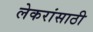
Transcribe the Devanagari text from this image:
लेकरांसाठी